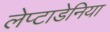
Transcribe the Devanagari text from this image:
लेप्टाडेनिया